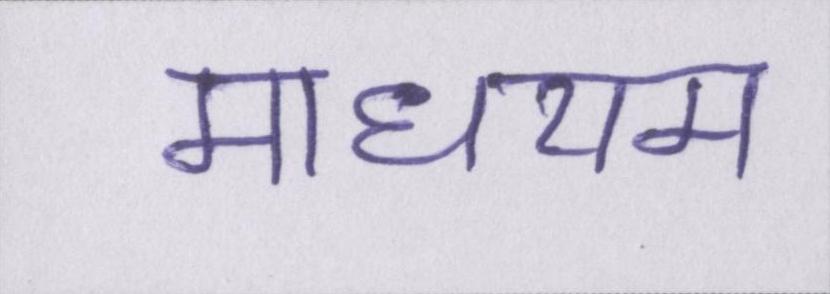
माधयम